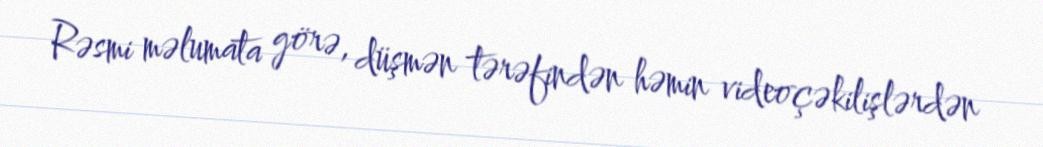
Rəsmi məlumata görə, düşmən tərəfindən həmin videoçəkilişlərdən